Scottish Leaving Certificate Examination, 1961
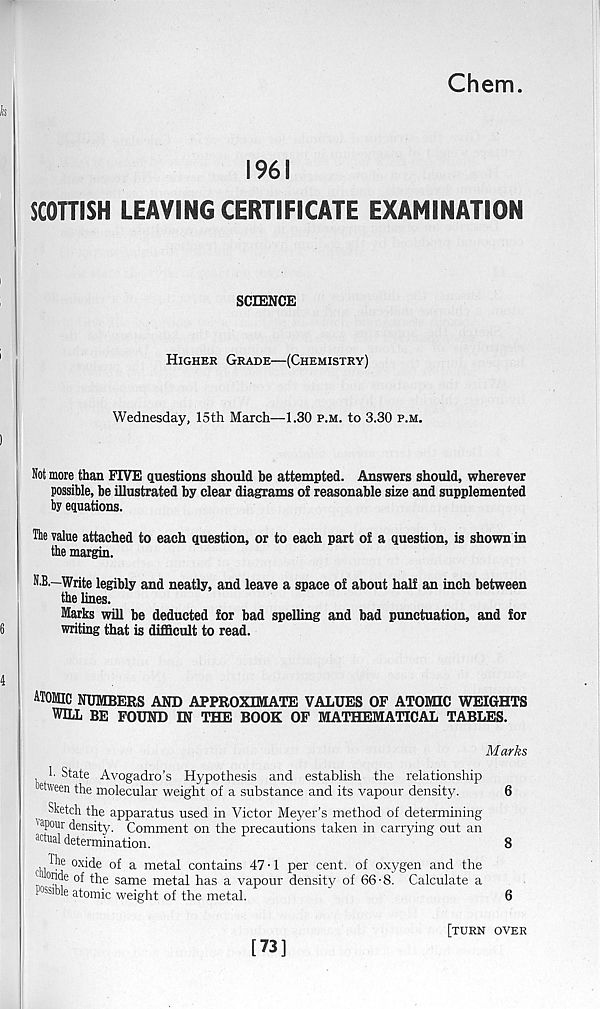
Chem.
1961
SCOTTISH LEAVING CERTIFICATE EXAMINATION
SCIENCE
Higher Grade—(Chemistry)
Wednesday, 15th March—1.30 p.m. to 3.30 p.m.
Not more than FIVE questions should be attempted. Answers should, wherever
possible, be illustrated by clear diagrams of reasonable size and supplemented
by equations.
The value attached to each question, or to each part of a question, is shown in
the margin.
N.B.—Write legibly and neatly, and leave a space of about half an inch between
the lines.
Marks will be deducted for bad spelling and bad punctuation, and for
writing that is difficult to read.
ATOMIC NUMBERS AND APPROXIMATE VALUES OF ATOMIC WEIGHTS
WILL BE FOUND IN THE BOOK OF MATHEMATICAL TABLES.
Marks
!■ State Avogadro’s Hypothesis and establish the relationship
wveen the molecular weight of a substance and its vapour density.
6
Sketch the apparatus used in Victor Meyer’s method of determining
' a pour density. Comment on the precautions taken in carrying out an
a dual determination.
8
, The oxide of a metal contains 47-1 per cent, of oxygen and the
1
of the same metal has a vapour density of 66 ■ 8. Calculate a
Foible atomic weight of the metal.
'
6
[73]
[turn over